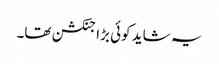
یہ شاید کوئی بڑا جنکشن تھا۔